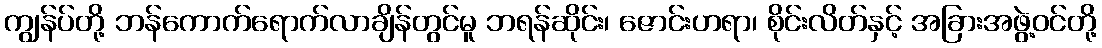
ကျွန်ပ်တို့ ဘန်ကောက်ရောက်လာချိန်တွင်မူ ဘရန်ဆိုင်း၊ ဇောင်းဟရာ၊ စိုင်းလိတ်နှင့် အခြားအဖွဲ့ဝင်တို့